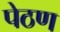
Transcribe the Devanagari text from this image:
पेठण